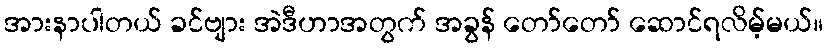
အားနာပါတယ် ခင်ဗျား အဲဒီဟာအတွက် အခွန် တော်တော် ဆောင်ရလိမ့်မယ်။